Document type: Sale
Year: 1423
Scribe: Joan Franc
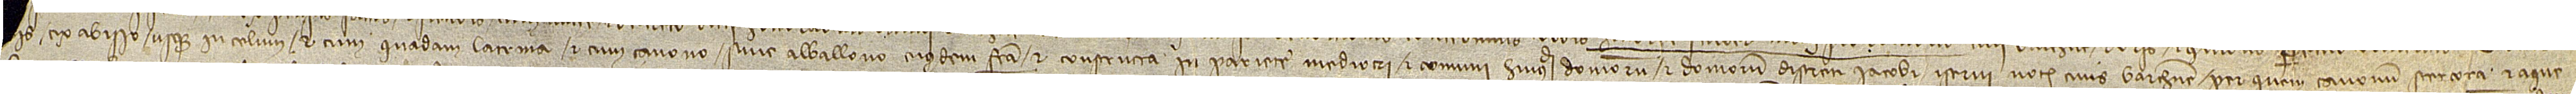
[mos] [...] [...]is ex abisso usque in celum, et cum quadam latrina, et cum canono sive alballono eiusdem facta et constructa in pariete mediocri et comuni huiusmodi domorum et domorum dicreti Iacobi Iserni, notarii, civis Barchinone, per quem canonum stercora et aque